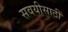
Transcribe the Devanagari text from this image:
सवयीसाठी